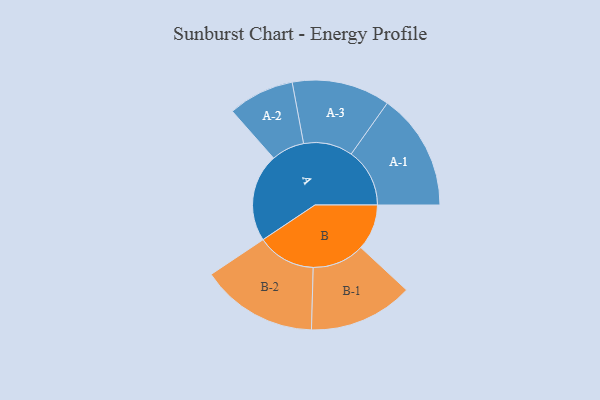
{"axis": {"x": "Segment", "y": "Value"}, "legend": ["", "A", "B"], "data": [{"x": "A", "y": 405, "type": ""}, {"x": "B", "y": 211, "type": ""}, {"x": "A-1", "y": 269, "type": "A"}, {"x": "A-2", "y": 152, "type": "A"}, {"x": "A-3", "y": 226, "type": "A"}, {"x": "B-1", "y": 240, "type": "B"}, {"x": "B-2", "y": 269, "type": "B"}]}